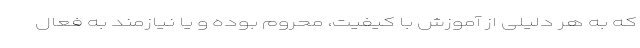
که به هر دلیلی از آموزش با کیفیت، محروم بوده و یا نیازمند به فعال